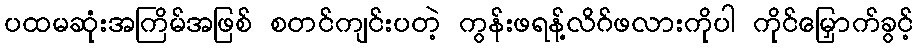
ပထမဆုံးအကြိမ်အဖြစ် စတင်ကျင်းပတဲ့ ကွန်းဖရန့်လိဂ်ဖလားကိုပါ ကိုင်မြှောက်ခွင့်